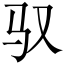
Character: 驭